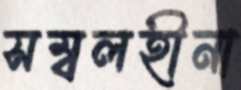
সম্বলহীনা